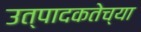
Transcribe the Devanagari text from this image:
उत्पादकतेच्या